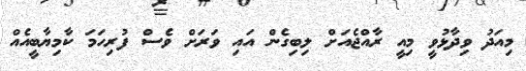
މިއަދު ވިދާޅުވީ މިއީ ރާއްޖެއަށް ލިބިގެން އައި ވަރަށް ވެސް ފުރިހަމަ ކާމިޔާބީއެއް